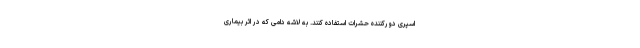
اسپری دورکننده حشرات استفاده کنند. به لاشه دامی که در اثر بیماری